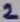
Text: 2